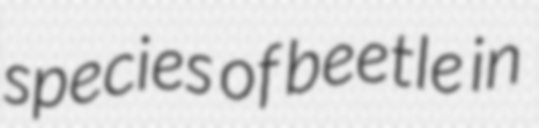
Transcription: species of beetle in